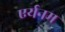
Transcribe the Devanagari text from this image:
एर्यनम